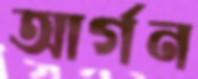
আর্গন